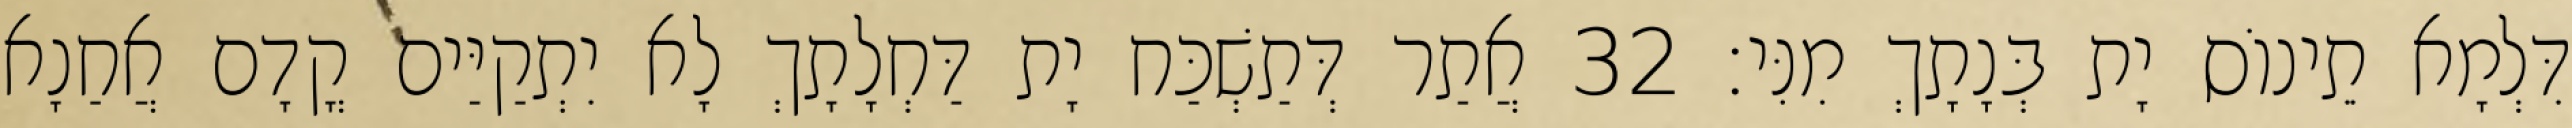
דִּלְמָא תֵינוֹס יָת בְּנָתָךְ מִנִּי׃ 32 אֲתַר דְּתַשְׁכַּח יָת דַּחְלָתָךְ לָא יִתְקַיַּים קֳדָם אֲחַנָא